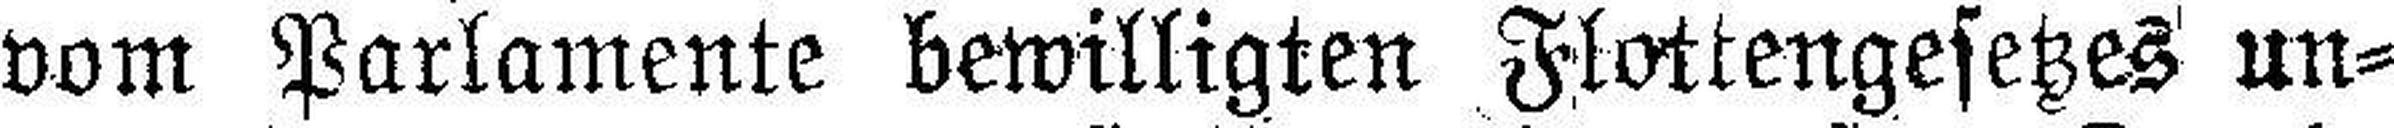
vom Parlamente bewilligten Flottengesetzes un¬